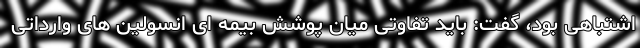
اشتباهی بود، گفت: باید تفاوتی میان پوشش بیمه ای انسولین های وارداتی